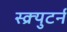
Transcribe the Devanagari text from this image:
स्क्र्युटर्न